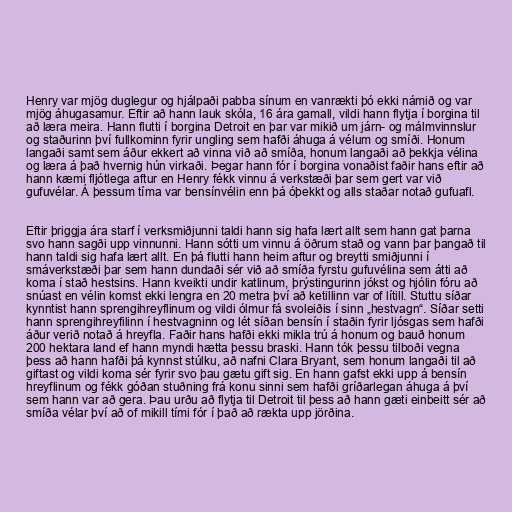
Henry var mjög duglegur og hjálpaði pabba sínum en vanrækti þó ekki námið og var
mjög áhugasamur. Eftir að hann lauk skóla, 16 ára gamall, vildi hann flytja í borgina til
að læra meira. Hann flutti í borgina Detroit en þar var mikið um járn- og málmvinnslur
og staðurinn því fullkominn fyrir ungling sem hafði áhuga á vélum og smíði. Honum
langaði samt sem áður ekkert að vinna við að smíða, honum langaði að þekkja vélina
og læra á það hvernig hún virkaði. Þegar hann fór í borgina vonaðist faðir hans eftir að
hann kæmi fljótlega aftur en Henry fékk vinnu á verkstæði þar sem gert var við
gufuvélar. Á þessum tíma var bensínvélin enn þá óþekkt og alls staðar notað gufuafl.

Eftir þriggja ára starf í verksmiðjunni taldi hann sig hafa lært allt sem hann gat þarna
svo hann sagði upp vinnunni. Hann sótti um vinnu á öðrum stað og vann þar þangað til
hann taldi sig hafa lært allt. En þá flutti hann heim aftur og breytti smiðjunni í
smáverkstæði þar sem hann dundaði sér við að smíða fyrstu gufuvélina sem átti að
koma í stað hestsins. Hann kveikti undir katlinum, þrýstingurinn jókst og hjólin fóru að
snúast en vélin komst ekki lengra en 20 metra því að ketillinn var of lítill. Stuttu síðar
kynntist hann sprengihreyflinum og vildi ólmur fá svoleiðis í sinn „hestvagn“. Síðar setti
hann sprengihreyfilinn í hestvagninn og lét síðan bensín í staðin fyrir ljósgas sem hafði
áður verið notað á hreyfla. Faðir hans hafði ekki mikla trú á honum og bauð honum
200 hektara land ef hann myndi hætta þessu braski. Hann tók þessu tilboði vegna
þess að hann hafði þá kynnst stúlku, að nafni Clara Bryant, sem honum langaði til að
giftast og vildi koma sér fyrir svo þau gætu gift sig. En hann gafst ekki upp á bensín
hreyflinum og fékk góðan stuðning frá konu sinni sem hafði gríðarlegan áhuga á því
sem hann var að gera. Þau urðu að flytja til Detroit til þess að hann gæti einbeitt sér að
smíða vélar því að of mikill tími fór í það að rækta upp jörðina.